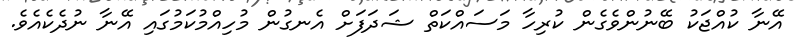
އޭނާ ކުއްޖަކު ބޭނުންވެގެން ކުރިހާ މަސައްކަތް ޝަދަފަށް އެނގުން މުހިއްމުކަމުގައި އޭނާ ނުދެކެއެވެ.